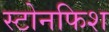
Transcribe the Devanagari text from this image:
स्टोनफिश